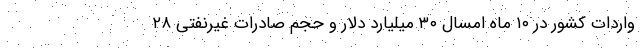
واردات کشور در ۱۰ ماه امسال ۳۰ میلیارد دلار و حجم صادرات غیرنفتی ۲۸